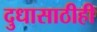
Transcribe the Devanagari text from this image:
दुधासाठीही